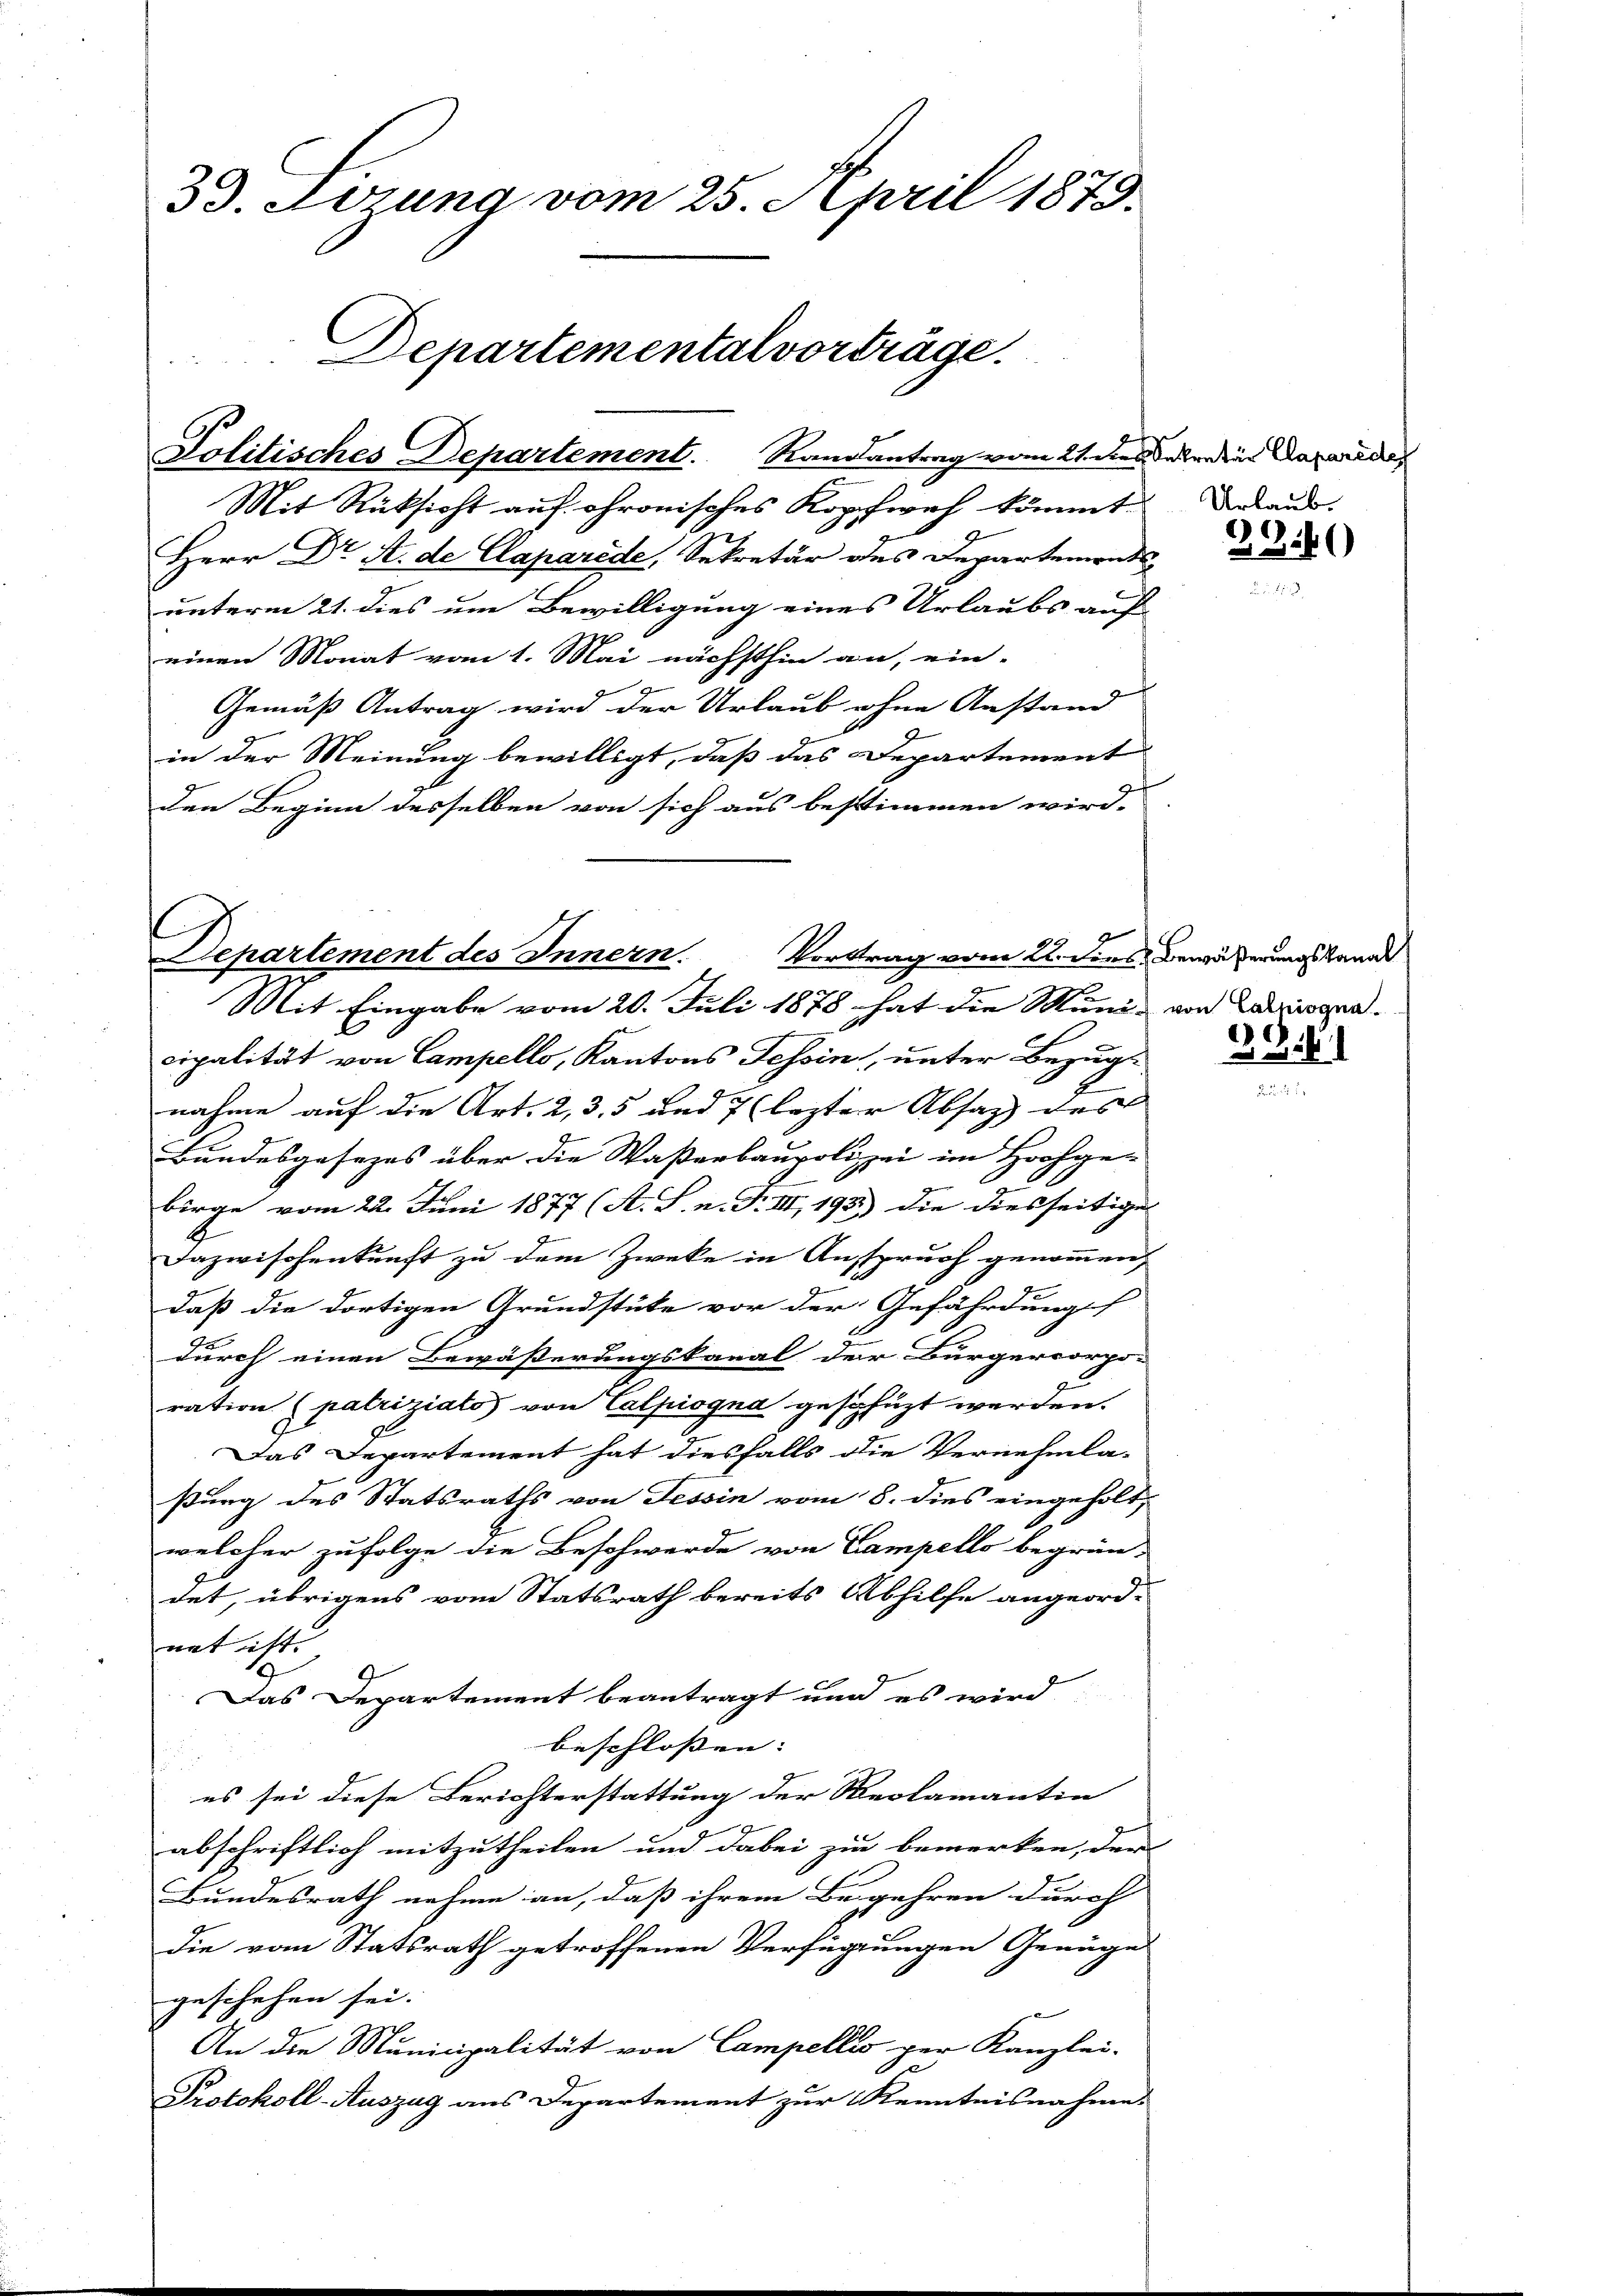
33. Losung vom 25. April 1879.
Departemental vorträge.

cipalität von Campello, Kantons Tessin, unter Bezugnahme auf die Art. 2, 3, 5 und 7 (lezter Absatz des |
Bundesgesezes über die Waßerbaupolizei im Hochge-
birge vom 22. Juni 1877 (A. S. n. F. III 193) die diesseitige
Dazwischenkunft zu dem Zwecke in Anspruch genommen,
daß die dortigen Grundstüke vor der Gefährdung
durch einen Bewässerungskanal der Bürgercorpo-
ration (patriziato von Calpiogna geschüzt werden.
Das Departement hat diesfalls die Vernehmla-
ßung des Statsraths von Tessin vom 8. dies eingeholt,
welcher zufolge die Beschwerde von Campello begrün-
det, übrigens vom Statsrath bereits Abhilfe angeord-
net ist |
2
Das Departement beantragt und es wird
beschlossen: |
es sei diese Berichterstattung der Reclamantin
abschriftlich mitzutheilen und dabei zur bemerken, der
Bundesrath nehme an, daß ihrem Begehren durch
Die vom Statsrath getroffenen Verfügungen Genüge
geschehen sei.
An die Municipalität von Campellis der Kanzlei-
de
Protokoll-Auszug aus Departement zur Kenntnisnahme

Politisches Departement. Randantrag vom 21. des aber der Deparade

Mit Rücksicht auf chronisches Kopfweh kömmt darau
Herr Dr A. de Caparede, Sekretär des Departemens
unterm 21. dies um Bewilligung eines Urlaubs auf
einen Monat vom 1. Mai nächsthin an, ein-
Gemäß Antrag wird der Urlaub ohne Anstand
in der Meinung bewilligt, daß das Departement
den Beginn desselben von sich aus bestimmen wird.

Repartement des Innern. Vortrag vom 22. dies Bewäßerungskanat
Mit Eingabe vom 20. Juli 1878 hat die Muni- von Latrissen.

231)

1fr.